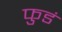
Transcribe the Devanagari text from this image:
फुडं